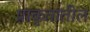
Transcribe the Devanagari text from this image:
प्राकृतातील